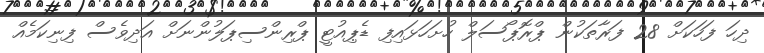
ދިހަ ފަހަކަށް 28 ފަރާތަކުން ޕްރޮޕޯސަލް ހުށަހަޅައިފި ޑެޕިއުޓީ ޕްރިންސިޕަލުންނަށް އަދިވެސް ފިނިކަމެއް